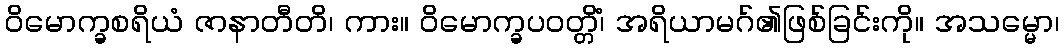
ဝိမောက္ခစရိယံ ဇာနာတီတိ၊ ကား။ ဝိမောက္ခပဝတ္တိံ၊ အရိယာမဂ်၏ဖြစ်ခြင်းကို။ အသမ္မော၊